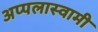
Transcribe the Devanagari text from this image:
अप्पलास्वामी